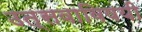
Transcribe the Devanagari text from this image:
उत्सवाविषयी